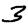
Digit: 3